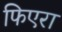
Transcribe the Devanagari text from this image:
फिएरा